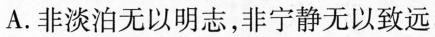
A.非淡泊无以明志，非宁静无以致远